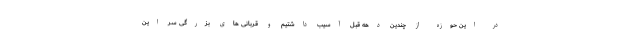
در این حوزه از چندین دهه قبل آسیب داشتیم و قربانی های بزرگی سر این